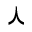
\curlywedge